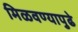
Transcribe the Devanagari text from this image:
मिळवण्यापुढे